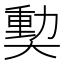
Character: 𪥝